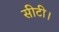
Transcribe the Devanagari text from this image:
सीटी।